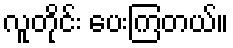
လူတိုင်း ပေးကြတယ်။